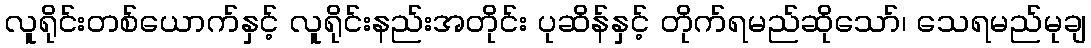
လူရိုင်းတစ်ယောက်နှင့် လူရိုင်းနည်းအတိုင်း ပုဆိန်နှင့် တိုက်ရမည်ဆိုသော်၊ သေရမည်မုချ